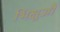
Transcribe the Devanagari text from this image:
भिक्षुऔं